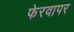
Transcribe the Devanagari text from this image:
फेरवापर